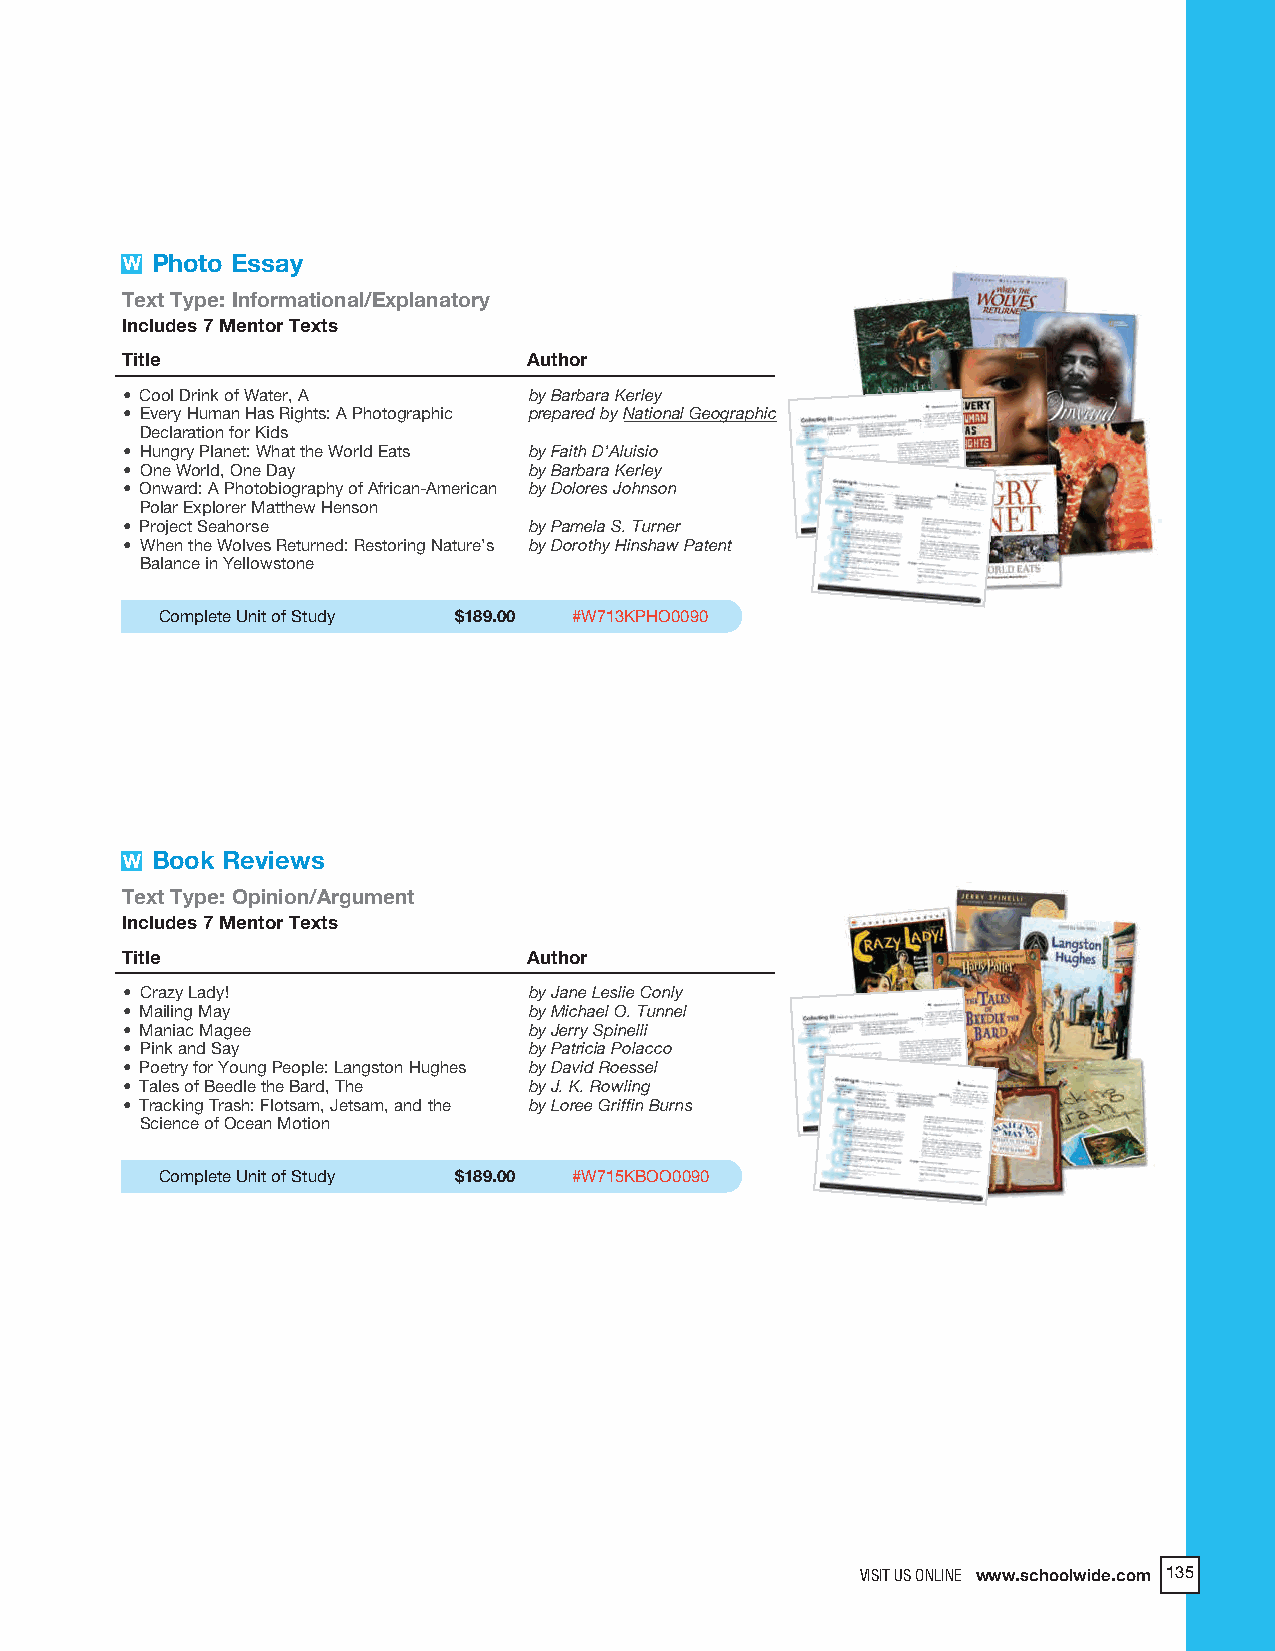
2018 ProdSamp_Layout 1 7/28/17 12:14 PM Page 301
 W Photo Essay
 Text Type: Informational/Explanatory
 Includes 7 Mentor Texts
 Title                      Author
 • Cool Drink of Water, A   by Barbara Kerley
 • Every Human Has Rights: A Photographic prepared by National Geographic
 Declaration for Kids
 • Hungry Planet: What the World Eats by Faith D’Aluisio
 • One World, One Day       by Barbara Kerley
 • Onward: A Photobiography of African-American by Dolores Johnson
 Polar Explorer Matthew Henson
 • Project Seahorse         by Pamela S. Turner
 • When the Wolves Returned: Restoring Nature’s by Dorothy Hinshaw Patent
 Balance in Yellowstone
 Complete Unit of Study $189.00 #W713KPHO0090
 W Book Reviews
 Text Type: Opinion/Argument
 Includes 7 Mentor Texts
 Title                      Author
 • Crazy Lady!              by Jane Leslie Conly
 • Mailing May              by Michael O. Tunnel
 • Maniac Magee             by Jerry Spinelli
 • Pink and Say             by Patricia Polacco
 • Poetry for Young People: Langston Hughes by David Roessel
 • Tales of Beedle the Bard, The by J. K. Rowling
 • Tracking Trash: Flotsam, Jetsam, and the by Loree Griffin Burns
 Science of Ocean Motion
 Complete Unit of Study $189.00 #W715KBOO0090
 VISITV UISSIT O UNSL IONNELINwE w ww.wscwh.socohlwooidlwe.icdoem.com 132521